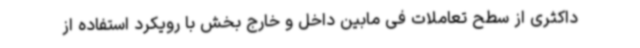
داکثری از سطح تعاملات فی مابین داخل و خارج بخش با رویکرد استفاده از